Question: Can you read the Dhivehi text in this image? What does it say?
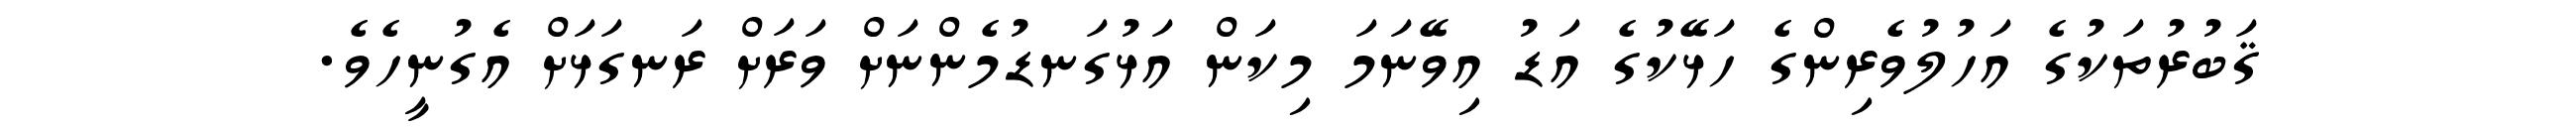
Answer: ޤަބުރުތަކުގެ އަހުލުވެރިންގެ ހަޅޭކުގެ އަޑު އިވޭނަމަ މިކަން އަޅުގަނޑުމެންނަށް ވަރަށް ރަނގަޅަށް އެގުނީހެވެ.